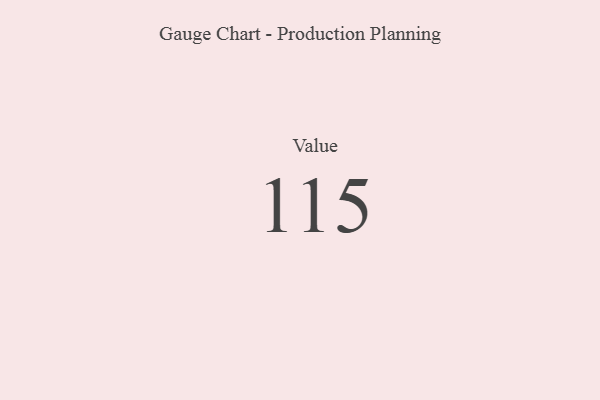
{"axis": {"x": "Metric", "y": "Value"}, "legend": [""], "data": [{"x": "Value", "y": 115, "type": ""}]}